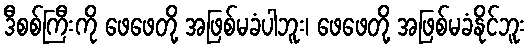
ဒီစစ်ကြီးကို ဖေဖေတို့ အဖြစ်မခံပါဘူး၊ ဖေဖေတို့ အဖြစ်မခံနိုင်ဘူး